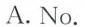
A.No.